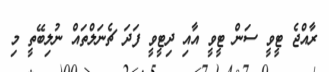
ރާއްޖެ ޓީވީ ސަން ޓީވީ އާއި ދިޓީވީ ފަދަ ޗެނަލްތައް ނުލިބޭތީ މި